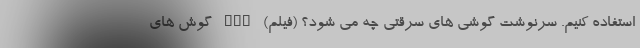
استفاده کنیم. سرنوشت گوشی های سرقتی چه می شود؟ (فیلم) nan گوش های